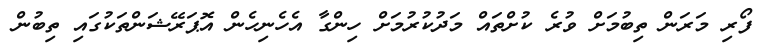
ފޯރި މަރަން ތިބުމަށް ވުރެ ކުށްތައް މަދުކުރުމަށް ހިންގާ އެހެނިހެން އޮޕަރޭޝަންތަކުގައި ތިބުން